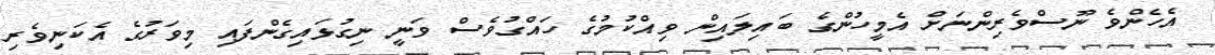
އެހެންވެ ނޫސްވެރިންނަށް އެމީހުންގެ ބައިލައިން ވިއްކުމުގެ ހައްގުވެސް ވަނީ ނިގުޅައިގެންފައި މިވަރުގެ އެކަނިވެރި